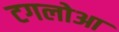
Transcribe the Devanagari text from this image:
टगलोआ